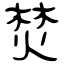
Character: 焚